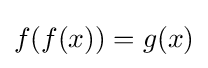
f(f(x))=g(x)